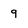
Character: 9